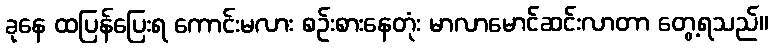
ခုနေ ထပြန်ပြေးရ ကောင်းမလား စဉ်းစားနေတုံး မာလာမောင်ဆင်းလာတာ တွေ့ရသည်။